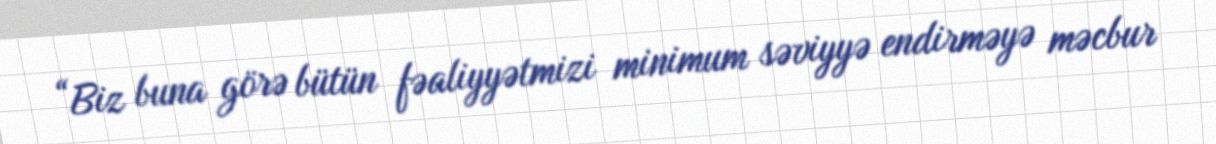
“Biz buna görə bütün fəaliyyətmizi minimum səviyyə endirməyə məcbur